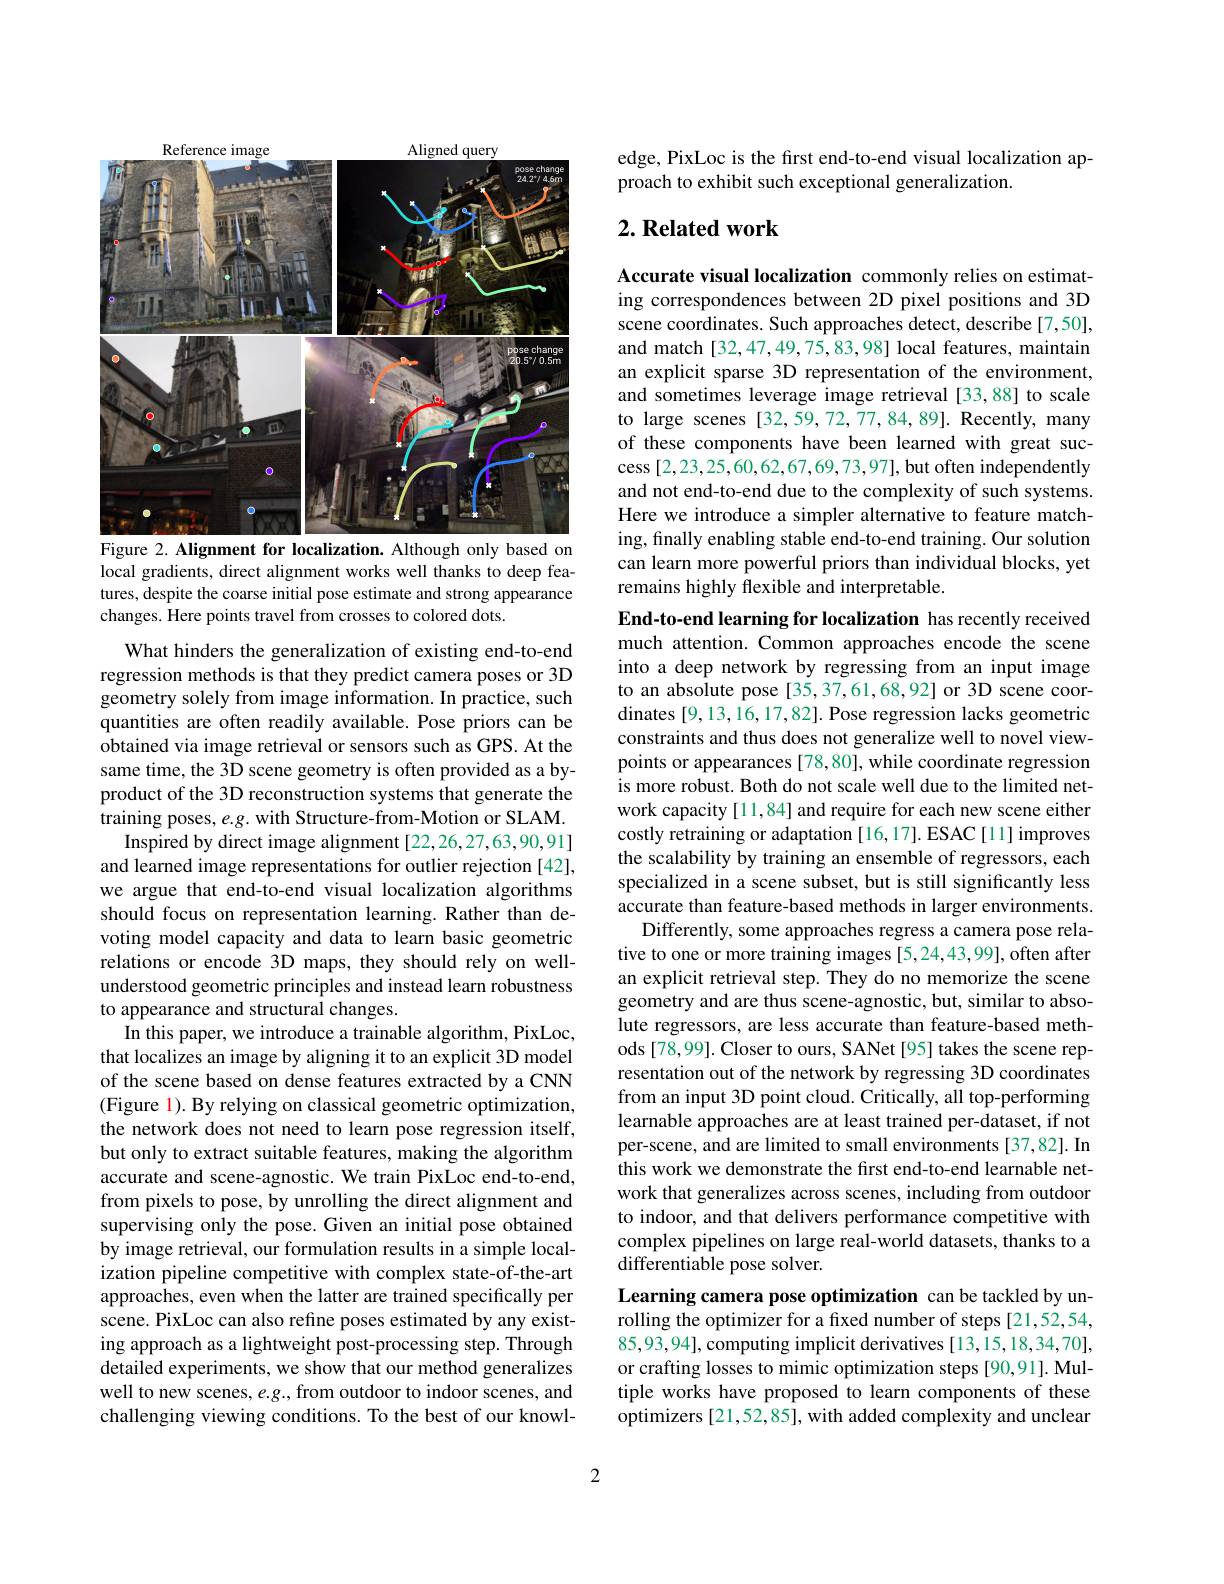
<FigureHere>
Figure 2. Alignment for localization. Although only based on

local gradients, direct alignment works well thanks to deep features, despite the coarse initial pose estimate and strong appearance changes. Here points travel from crosses to colored dots.

What hinders the generalization of existing end-to-end regression methods is that they predict camera poses or 3D geometry solely from image information. In practice, such quantities are often readily available. Pose priors can be obtained via image retrieval or sensors such as GPS. At the same time, the 3D scene geometry is often provided as a byproduct of the 3D reconstruction systems that generate the training poses, e.g. with Structure-from-Motion or SLAM.
Inspired by direct image alignment [22,26,27,63,90,91] and learned image representations for outlier rejection [42], we argue that end-to-end visual localization algorithms should focus on representation learning. Rather than devoting model capacity and data to learn basic geometric relations or encode 3D maps, they should rely on wellunderstood geometric principles and instead learn robustness to appearance and structural changes.
In this paper, we introduce a trainable algorithm, PixLoc, that localizes an image by aligning it to an explicit 3D model of the scene based on dense features extracted by a CNN (Figure l). By relying on classical geometric optimization, the network does not need to learn pose regression itself, but only to extract suitable features, making the algorithm accurate and scene-agnostic. We train PixLoc end-to-end, from pixels to pose, by unrolling the direct alignment and supervising only the pose. Given an initial pose obtained by image retrieval, our formulation results in a simple localization pipeline competitive with complex state-of-the-art approaches, even when the latter are trained specifically per scene. PixLoc can also refine poses estimated by any existing approach as a lightweight post-processing step. Through detailed experiments, we show that our method generalizes well to new scenes, $e.g.$, from outdoor to indoor scenes, and challenging viewing conditions. To the best of our knowl-

edge, PixLoc is the first end-to-end visual localization ap-
proach to exhibit such exceptional generalization.

## $2. \textbf{Related work}$

Accurate visual localization commonly relies on estimating correspondences between 2D pixel positions and 3D scene coordinates. Such approaches detect, describe [7,50], and match[32,47,49,75,83,98] local features, maintain an explicit sparse 3D representation of the environment, and sometimes leverage image retrieval [33,88] to scale to large scenes [32,59,72,77,84,89]. Recently, many of these components have been learned with great success [2,23,25,60,62,67,69,73,97],but often independently and not end-to-end due to the complexity of such systems. Here we introduce a simpler alternative to feature matching, finally enabling stable end-to-end training. Our solution can learn more powerful priors than individual blocks, yet remains highly flexible and interpretable.

End-to-end learning for localization has recently received much attention. Common approaches encode the scene into a deep network by regressing from an input image to an absolute pose [35,37,61,68,92] or 3D scene coordinates [9,13,16,17,82].Pose regression lacks geometric constraints and thus does not generalize well to novel viewpoints or appearances [78,80], while coordinate regression is more robust. Both do not scale well due to the limited network capacity [11,84] and require for each new scene either costly retraining or adaptation [16,17]. ESAC [11] improves the scalability by training an ensemble of regressors, each specialized in a scene subset, but is still significantly less accurate than feature-based methods in larger environments.
Differently, some approaches regress a camera pose relative to one or more training images [5,24,43,99], often after an explicit retrieval step. They do no memorize the scene geometry and are thus scene-agnostic, but, similar to absolute regressors, are less accurate than feature-based methods[78,99]. Closer to ours, SANet[95] takes the scene representation out of the network by regressing 3D coordinates from an input 3D point cloud. Critically, all top-performing learnable approaches are at least trained per-dataset, if not per-scene, and are limited to small environments[37,82]. In this work we demonstrate the first end-to-end learnable network that generalizes across scenes, including from outdoor to indoor, and that delivers performance competitive with complex pipelines on large real-world datasets, thanks to a $\tilde{\mathrm{differentiable~pose~solver.}}$
Learning camera pose optimization can be tackled by unrolling the optimizer for a fixed number of steps [21,52,54, 85,93,94],computing implicit derivatives [13,15,18,34,70],

or crafting losses to mimic optimization steps [90,91]. Multiple works have proposed to learn components of these optimizers [21,52,85], with added complexity and unclear

2